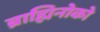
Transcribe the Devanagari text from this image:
ब्राह्मिनोको